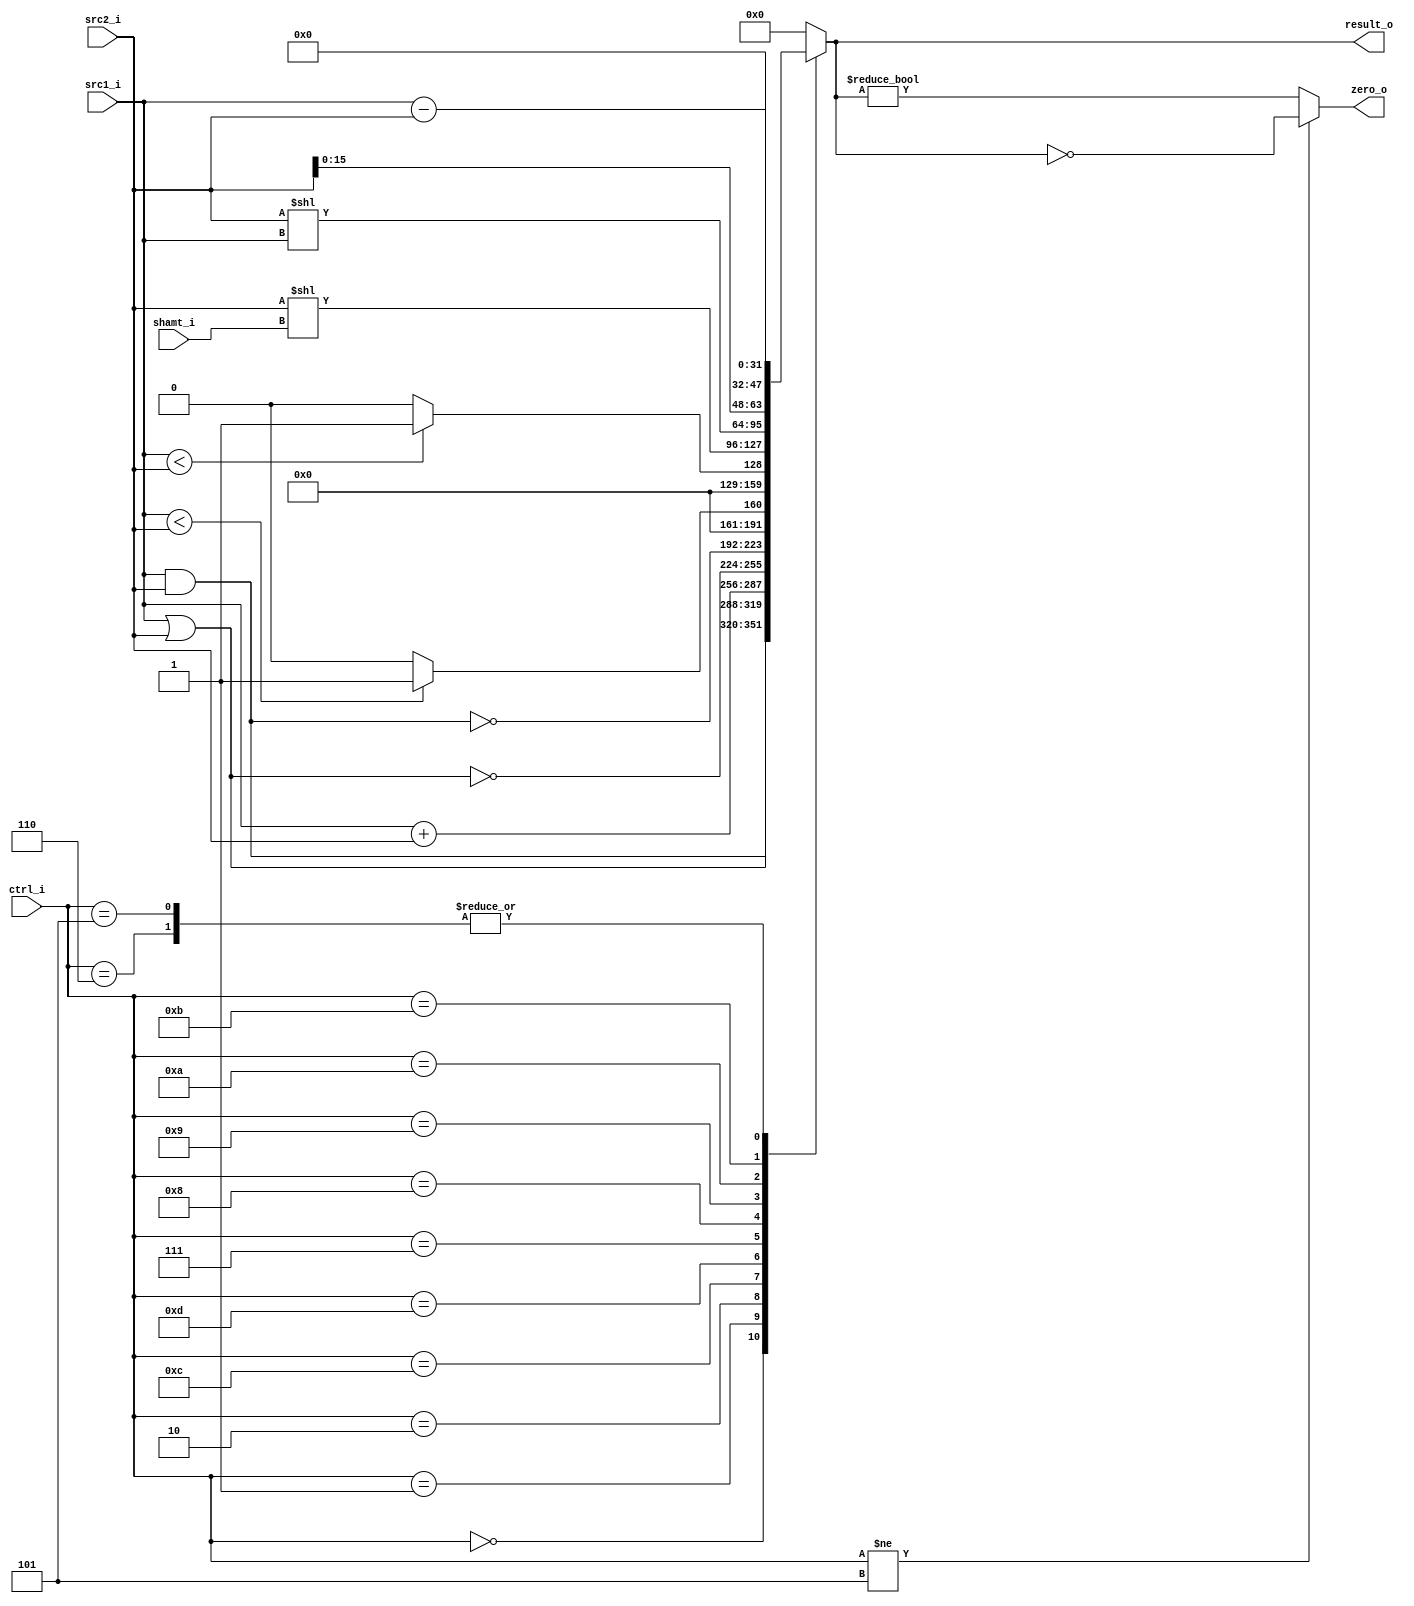
//Subject:     CO project 2 - ALU
//--------------------------------------------------------------------------------
//Version:     1
//--------------------------------------------------------------------------------
//Writer:      0416021 0416246
//----------------------------------------------
//Date:        
//----------------------------------------------
//Description: 
//--------------------------------------------------------------------------------

module ALU(
           src1_i,          // 32 bits source 1          (input)
           src2_i,          // 32 bits source 2          (input)
           ctrl_i,   		 // 4 bits ALU control input  (input)
			  shamt_i,
           result_o,        // 32 bits result_o            (output)
           zero_o           // 1 bit when the output is 0, zero_o must be set (output)
           );


input  [32-1:0] src1_i;
input  [32-1:0] src2_i;
input   [4-1:0] ctrl_i;
input	 [5-1:0] shamt_i;

output [32-1:0] result_o;
output          zero_o;

reg    [32-1:0] result_o;
reg             zero_o;

always@( * )
begin
	case(ctrl_i)
		4'b0000: result_o = src1_i & src2_i;
		4'b0001: result_o = src1_i | src2_i;
		4'b0010: result_o = src1_i + src2_i;
		4'b0110: result_o = src1_i - src2_i;
		4'b1100: result_o = ~(src1_i | src2_i);
		4'b1101: result_o = ~(src1_i & src2_i);
		4'b0111: result_o = (src1_i < src2_i) ? 32'd1 : 32'd0; //sltu
		4'b1000: result_o = ($signed(src1_i) < $signed(src2_i)) ? 32'd1 : 32'd0; //slt
		4'b1001: result_o = src2_i << shamt_i;
		4'b1010: result_o = src2_i << src1_i;
		4'b1011: result_o = src2_i << 16;
		4'b0101: result_o = src1_i - src2_i;
		default: result_o = 32'd0;
	endcase
end

always@( * )
begin
	if(ctrl_i != 4'b0101) zero_o = (result_o == 0);
	else zero_o = (result_o != 0);
end

endmodule